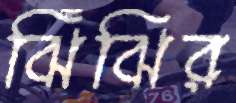
ঝিঁঝির